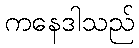
ကနေဒါသည်